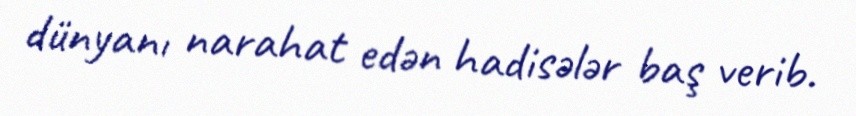
dünyanı narahat edən hadisələr baş verib.